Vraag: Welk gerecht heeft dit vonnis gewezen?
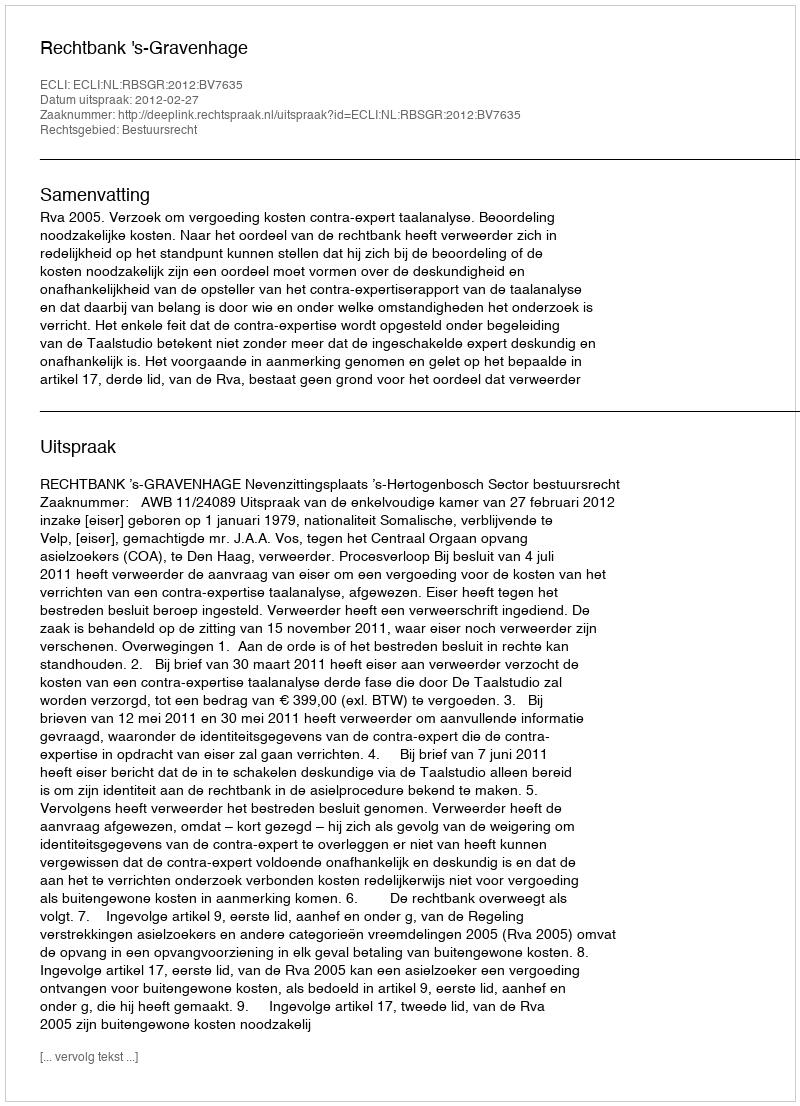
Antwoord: Rechtbank 's-Gravenhage